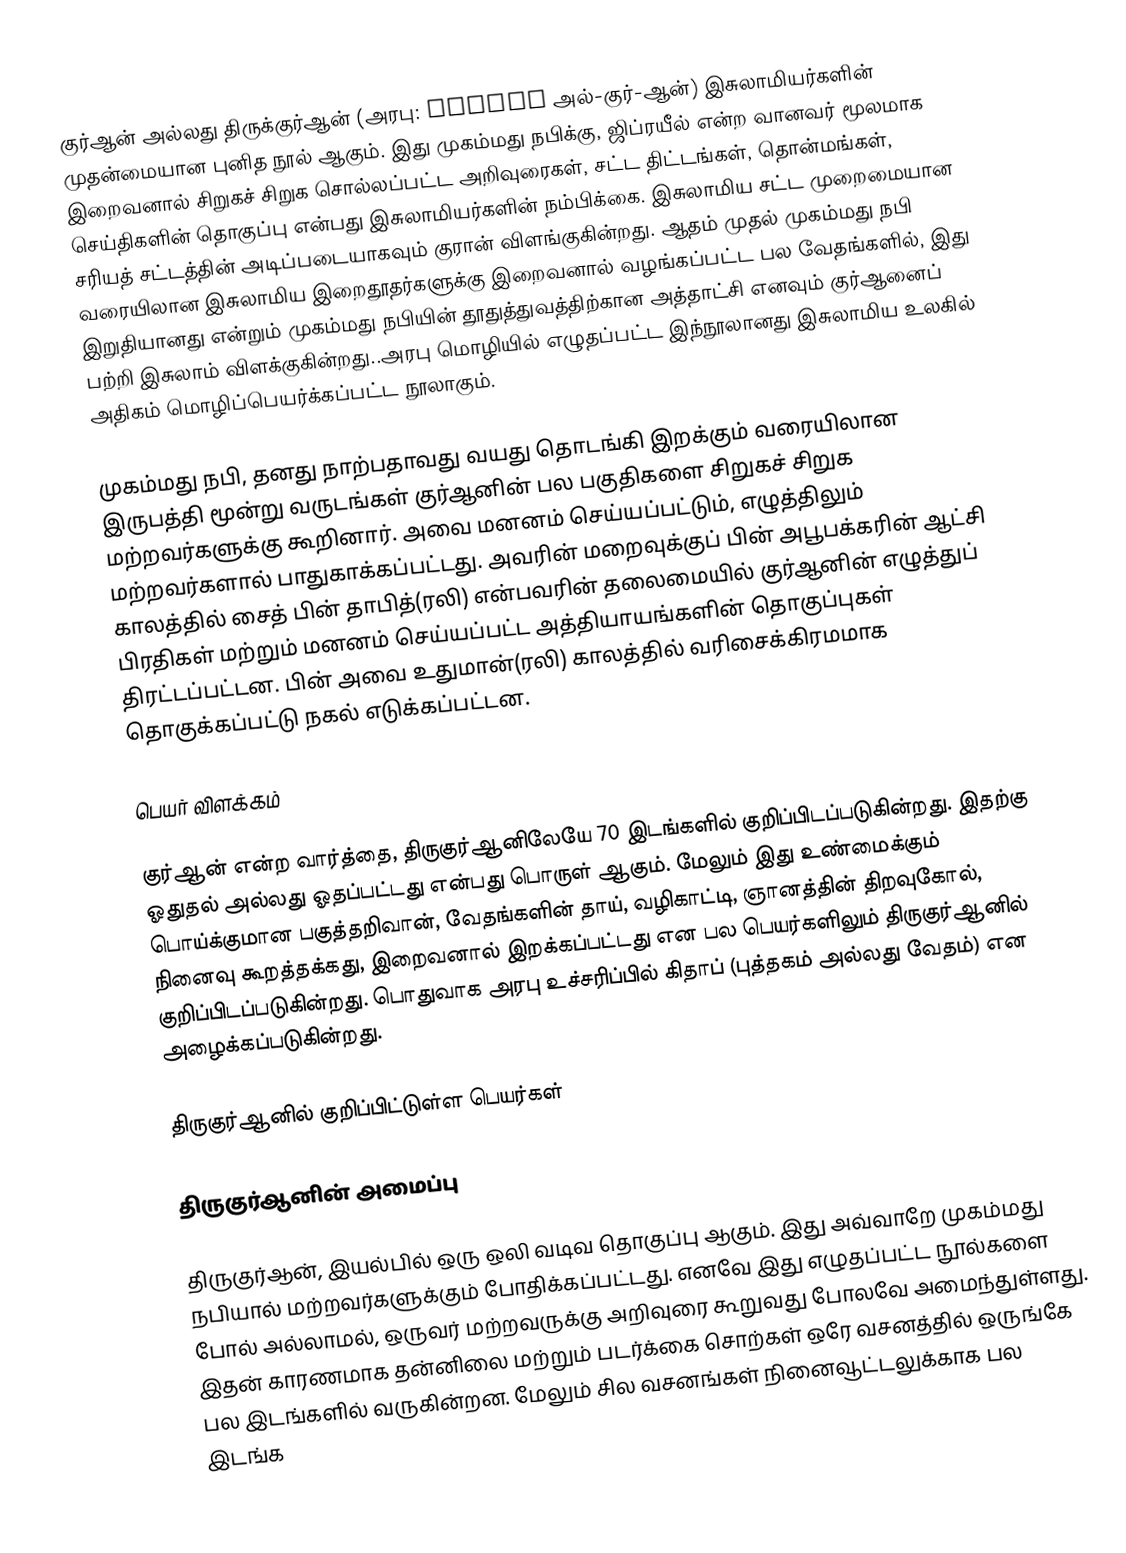
குர்ஆன் அல்லது திருக்குர்ஆன் (அரபு: القرآن அல்-குர்-ஆன்) இசுலாமியர்களின் முதன்மையான புனித நூல் ஆகும். இது முகம்மது நபிக்கு, ஜிப்ரயீல் என்ற வானவர் மூலமாக  இறைவனால் சிறுகச் சிறுக சொல்லப்பட்ட அறிவுரைகள், சட்ட திட்டங்கள், தொன்மங்கள், செய்திகளின் தொகுப்பு என்பது இசுலாமியர்களின் நம்பிக்கை. இசுலாமிய சட்ட முறைமையான சரியத் சட்டத்தின் அடிப்படையாகவும் குரான் விளங்குகின்றது. ஆதம் முதல் முகம்மது நபி வரையிலான இசுலாமிய இறைதூதர்களுக்கு இறைவனால் வழங்கப்பட்ட பல வேதங்களில், இது இறுதியானது என்றும் முகம்மது நபியின் தூதுத்துவத்திற்கான அத்தாட்சி எனவும் குர்ஆனைப் பற்றி இசுலாம் விளக்குகின்றது..அரபு மொழியில் எழுதப்பட்ட இந்நூலானது  இசுலாமிய உலகில் அதிகம் மொழிப்பெயர்க்கப்பட்ட நூலாகும்.

முகம்மது நபி, தனது நாற்பதாவது வயது தொடங்கி இறக்கும் வரையிலான இருபத்தி மூன்று வருடங்கள் குர்ஆனின் பல பகுதிகளை சிறுகச் சிறுக மற்றவர்களுக்கு கூறினார். அவை மனனம் செய்யப்பட்டும், எழுத்திலும் மற்றவர்களால் பாதுகாக்கப்பட்டது. அவரின் மறைவுக்குப் பின் அபூபக்கரின் ஆட்சி காலத்தில் சைத் பின் தாபித்(ரலி) என்பவரின் தலைமையில் குர்ஆனின் எழுத்துப் பிரதிகள் மற்றும் மனனம் செய்யப்பட்ட அத்தியாயங்களின் தொகுப்புகள் திரட்டப்பட்டன. பின் அவை உதுமான்(ரலி) காலத்தில் வரிசைக்கிரமமாக தொகுக்கப்பட்டு நகல் எடுக்கப்பட்டன.

பெயர் விளக்கம்

குர்ஆன் என்ற வார்த்தை, திருகுர்ஆனிலேயே 70 இடங்களில் குறிப்பிடப்படுகின்றது. இதற்கு ஓதுதல் அல்லது ஓதப்பட்டது என்பது பொருள் ஆகும். மேலும் இது உண்மைக்கும் பொய்க்குமான பகுத்தறிவான், வேதங்களின் தாய், வழிகாட்டி, ஞானத்தின் திறவுகோல், நினைவு கூறத்தக்கது, இறைவனால் இறக்கப்பட்டது என பல பெயர்களிலும் திருகுர்ஆனில் குறிப்பிடப்படுகின்றது. பொதுவாக அரபு உச்சரிப்பில் கிதாப் (புத்தகம் அல்லது வேதம்) என அழைக்கப்படுகின்றது.

திருகுர்ஆனில் குறிப்பிட்டுள்ள  பெயர்கள்

திருகுர்ஆனின் அமைப்பு

திருகுர்ஆன், இயல்பில் ஒரு ஒலி வடிவ தொகுப்பு ஆகும். இது அவ்வாறே முகம்மது நபியால் மற்றவர்களுக்கும் போதிக்கப்பட்டது. எனவே இது எழுதப்பட்ட நூல்களை போல் அல்லாமல், ஒருவர் மற்றவருக்கு அறிவுரை கூறுவது போலவே அமைந்துள்ளது. இதன் காரணமாக தன்னிலை மற்றும் படர்க்கை சொற்கள் ஒரே வசனத்தில் ஒருங்கே பல இடங்களில் வருகின்றன. மேலும் சில வசனங்கள் நினைவூட்டலுக்காக பல இடங்க